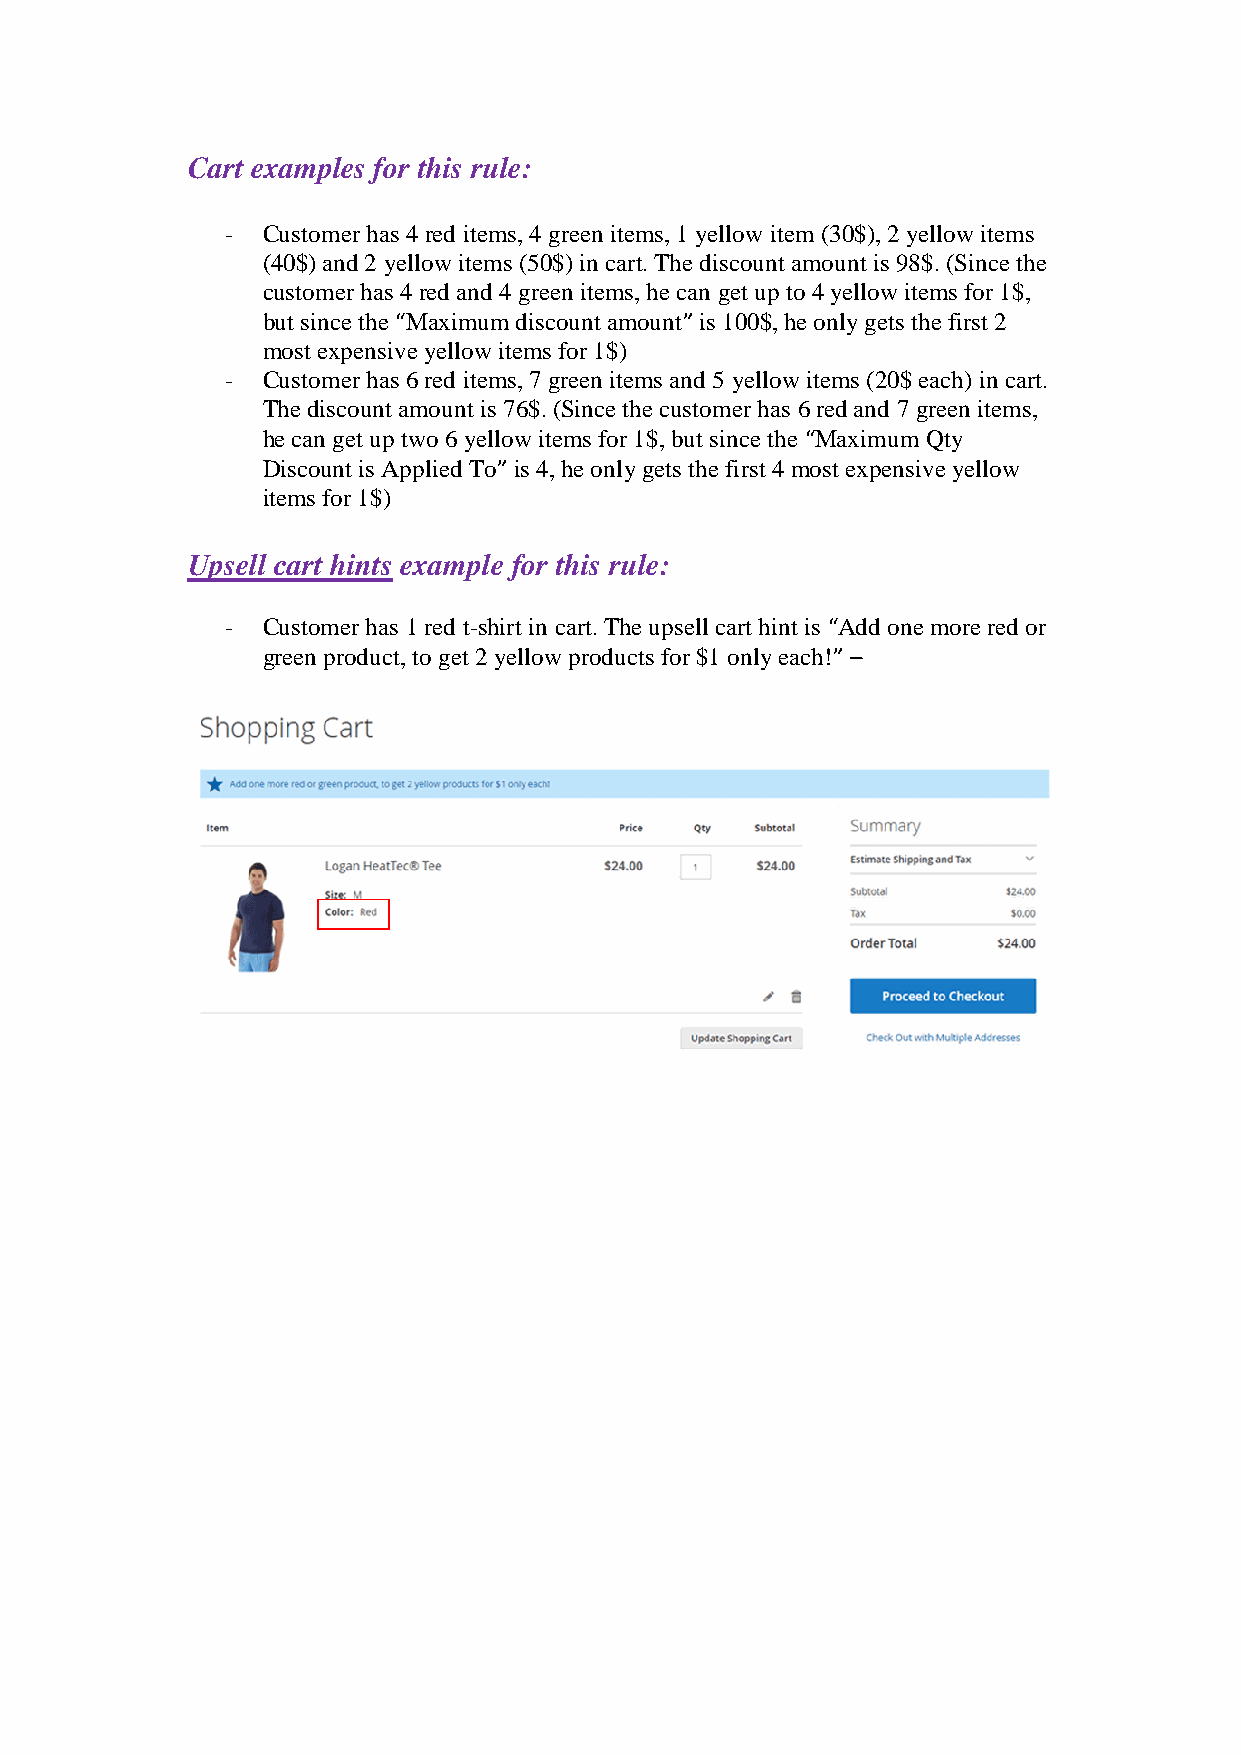
Cart examples for this rule:
 - Customer has 4 red items, 4 green items, 1 yellow item (30$), 2 yellow items
 (40$) and 2 yellow items (50$) in cart. The discount amount is 98$. (Since the
 customer has 4 red and 4 green items, he can get up to 4 yellow items for 1$,
 but since the “Maximum discount amount” is 100$, he only gets the first 2
 most expensive yellow items for 1$)
 - Customer has 6 red items, 7 green items and 5 yellow items (20$ each) in cart.
 The discount amount is 76$. (Since the customer has 6 red and 7 green items,
 he can get up two 6 yellow items for 1$, but since the “Maximum Qty
 Discount is Applied To” is 4, he only gets the first 4 most expensive yellow
 items for 1$)
 Upsell cart hints example for this rule:
 - Customer has 1 red t-shirt in cart. The upsell cart hint is “Add one more red or
 green product, to get 2 yellow products for $1 only each!” –